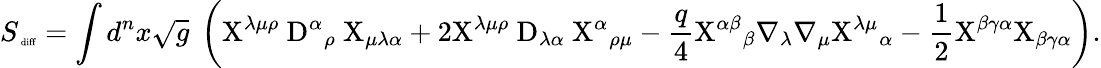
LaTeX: S_{\mathrm{\tiny~diff}}=\int d^{n}x\sqrt{g}~\left(\mathrm{X}^{\lambda\mu\rho}~\mathrm{D}^{\alpha}{}_{\rho}~\mathrm{X}_{\mu\lambda\alpha}+2\mathrm{X}^{\lambda\mu\rho}~\mathrm{D}_{\lambda\alpha}~\mathrm{X}^{\alpha}{}_{\rho\mu}-\frac{q}4\mathrm{X}^{\alpha\beta}{}_{\beta}{}\nabla_{\lambda}\nabla_{\mu}{}\mathrm{X}^{\lambda\mu}{}_{\alpha}-\frac 12\mathrm{X}^{\beta\gamma\alpha}\mathrm{X}_{\beta\gamma\alpha}\right).